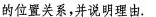
的位置关系，并说明理由。